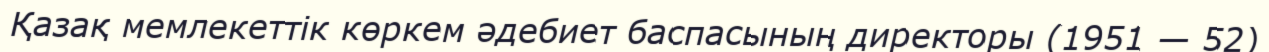
Қазақ мемлекеттік көркем әдебиет баспасының директоры (1951 — 52)